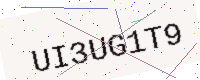
Text: UI3UG1T9